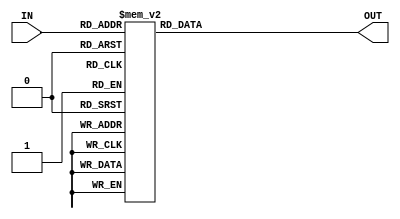
`timescale 1ns / 1ps
//////////////////////////////////////////////////////////////////////////////////
// Company: 
// Engineer: 
// 
// Design Name: 
// Module Name:    BCDsegment 
// Project Name: 
// Target Devices: 
// Tool versions: 
// Description: 
//
// Dependencies: 
//
// Revision: 
// Revision 0.01 - File Created
// Additional Comments: 
//
//////////////////////////////////////////////////////////////////////////////////
module BCD7segment(
    input [3:0] IN,
    output reg [6:0] OUT
    );

always @ (IN)
begin
	case (IN)
0: OUT = 7'b0000001;
1: OUT = 7'b1001111;
2: OUT = 7'b0010010;
3: OUT = 7'b0000110;
4: OUT = 7'b1001100;
5: OUT = 7'b0100100;
6: OUT = 7'b0100000;
7: OUT = 7'b0001111;
8: OUT = 7'b0000000;
9: OUT = 7'b0000100;
10: OUT = 7'b0001000;
11: OUT = 7'b0000000;
12: OUT = 7'b0110001;
13: OUT = 7'b0000001;
14: OUT = 7'b0110000;
15: OUT = 7'b0111000;
endcase
end

endmodule